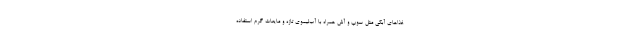
غذاهای آبکی مثل سوپ و آش همراه با آب‌لیموی تازه و مایعات گرم استفاده